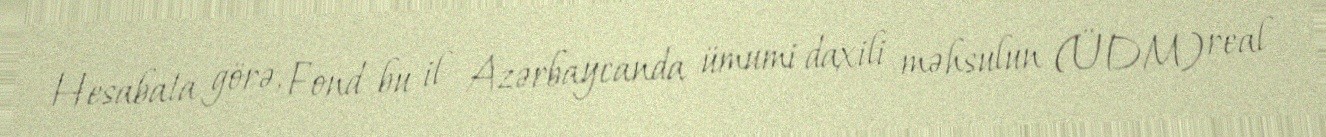
Hesabata görə, Fond bu il Azərbaycanda ümumi daxili məhsulun (ÜDM) real